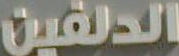
الدلفين